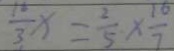
\frac { 1 6 } { 3 } x = \frac { 2 } { 5 } \times \frac { 1 6 } { 7 }